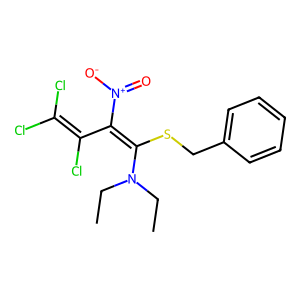
SMILES: CCN(CC)C(SCc1ccccc1)=C(C(Cl)=C(Cl)Cl)[N+](=O)[O-]
Inhibits HIV replication: No